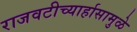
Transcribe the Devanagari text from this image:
राजवटीच्यार्हासामुळे